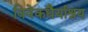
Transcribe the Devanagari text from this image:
विवेकधैर्याश्रय